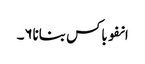
انفوباکس بنانا۶۔